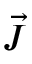
\vec { J }